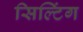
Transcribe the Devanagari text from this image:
सिल्टिंग